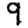
Digit: 9